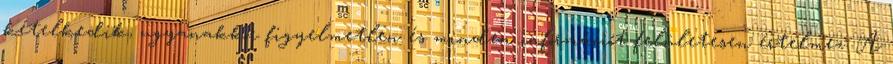
kételkedik, ugyanakkor figyelmetlen és minden információt felületesen értelmez. A